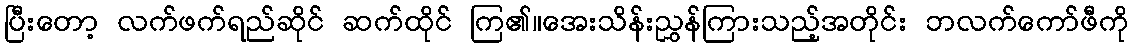
ပြီးတော့ လက်ဖက်ရည်ဆိုင် ဆက်ထိုင် ကြ၏။အေးသိန်းညွှန်ကြားသည့်အတိုင်း ဘလက်ကော်ဖီကို